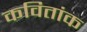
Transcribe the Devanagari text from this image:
कवितांक